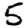
Digit: 5